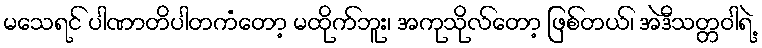
မသေရင် ပါဏာတိပါတကံတော့ မထိုက်ဘူး၊ အကုသိုလ်တော့ ဖြစ်တယ်၊ အဲဒီသတ္တဝါရဲ့